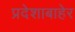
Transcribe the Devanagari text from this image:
प्रदेशाबाहेर